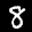
Label: 8